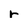
Character: r